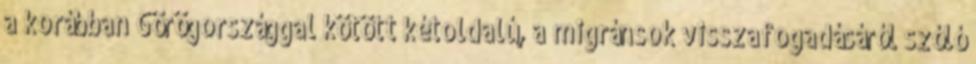
a korábban Görögországgal kötött kétoldalú, a migránsok visszafogadásáról szóló